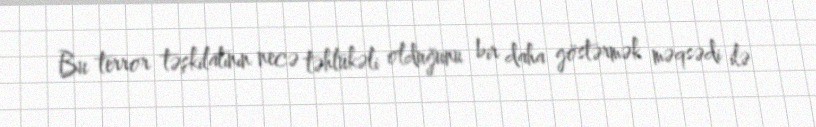
Bu terror təşkilatının necə təhlükəli olduğunu bir daha göstərmək məqsədi ilə